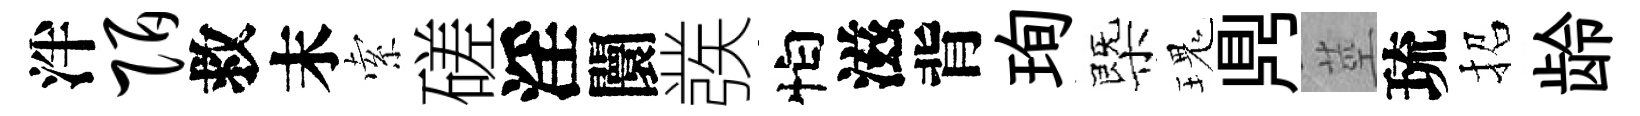
泮陌救末索磋淫闤彂怕滋背珣㮣瑰𪔂莖琉招龄